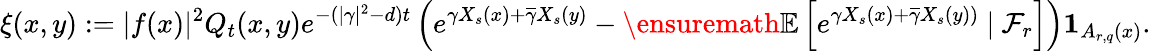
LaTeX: \xi(x,y):=|f(x)|^{2}Q_{t}(x,y)e^{-(|\gamma|^{2}-d)t}\left(e^{\gamma X_{s}(x)+\overline{\gamma}X_{s}(y)}-{\ensuremath{\mathbb E}}\left[e^{\gamma X_{s}(x)+\overline{\gamma}X_{s}(y))}\ |\ \mathcal F_{r}\right]\right)\mathbf{1}_{A_{r,q}(x)}.